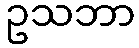
ဥသဘာ